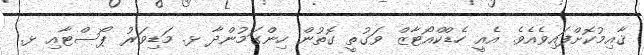
ޤާއިމުކޮށްފައިވެއެވެ. އެއީ ހެޑްކްއޯޓާޒް ވަގުތީ ގޮތުން ހިންގަމުންދާ ޅ. މަޑިވަރު ޕޯސްޓާއި ޅ.